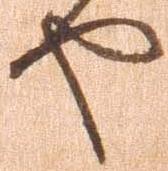
や